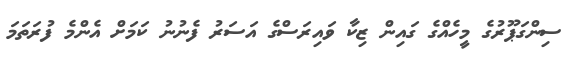
ސިންގަޕޫރުގެ މީހެއްގެ ގައިން ޒިކާ ވައިރަސްގެ އަސަރު ފެނުނު ކަމަށް އެންމެ ފުރަތަމަ